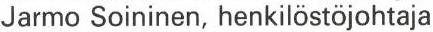
Jarmo Soininen, henkilöstöjohtaja